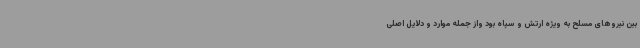
بین نیروهای مسلح به ویژه ارتش و سپاه بود واز جمله موارد و دلایل اصلی